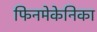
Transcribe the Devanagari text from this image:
फिनमेकेनिका